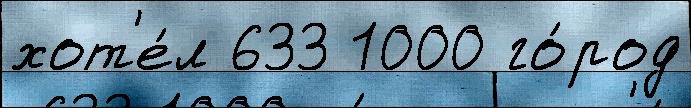
хот'е́л 633 1000 го́род